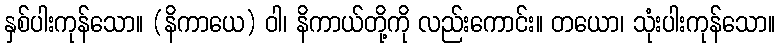
နှစ်ပါးကုန်သော။ (နိကာယေ) ဝါ၊ နိကာယ်တို့ကို လည်းကောင်း။ တယော၊ သုံးပါးကုန်သော။